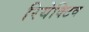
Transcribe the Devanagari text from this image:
रियेक्टिव